Report on sanitation, dispensaries, and jails in Rajputana for 1911, and on vaccination for the year 1911-1912 - 1911-1912
Year: 1911
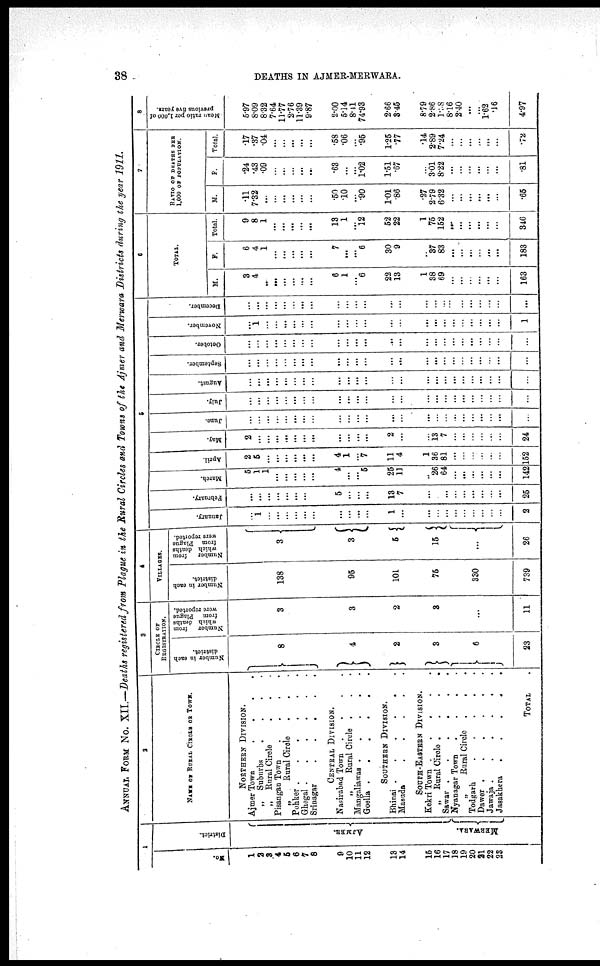
38
DEATHS IN AJMER-MERWARA.
ANNUAL FROM No. XII.—Deaths registered from Plague in the Rural Circles and Towns of the Ajmer and Merwara Districts during the year 1911.
1
No.
1
2
3
4
5
6
7
8
9
10
11
12
13
14
15
16
17
18
19
20
21
22
23
District..
AJMER.
MERWARA.
2
NAME OF RURAL CIRCLE OF TOWNS
NORTHERN DIVISION.
Ajmer Town
.
.
.
.
„
Suburbs . . . .
„
Rural Circle . . .
Pisangan Town
.
.
.
.
„
Rural Circle . . .
Pohker .
.
.
.
.
.
Ghegal .
.
.
.
.
.
Srinagar
.
.
.
.
.
CENTRAL DIVISION.
Nasirabad Town
.
.
.
.
„
Rural Circle . . .
Mangaliawas .
.
.
. .
Goella .
.
.
.
.
.
SOUTHERN DIVISION.
Bhinai .
.
.
.
.
.
Masuda
.
.
.
.
.
SOUTH-EASTERN DIVISION.
Kekri Town .
.
.
.
.
„ Rural Circle .
.
.
.
Sawar .
.
.
.
.
.
Nyanagar Town
.
.
.
.
„
Rural Circle
.
. .
Todgarh
.
.
.
.
.
Dawer .
.
.
.
.
.
Jawaja .
.
.
.
.
.
Jasakhera
.
.
.
.
.
TOTAL .
3
CIRCLE OF
REGISTRATION.
Number in each
district.
8
4
2
3
6
23
Number
from
which deaths
from Plague
were reported.
3
3
2
3
...
11
4
VILLAGES.
Number in each
district.
138
95
101
75
330
739
Number
from
which deaths
from Plague
were reported.
3
3
5
15
...
26
5
January.
...
1
...
...
...
...
...
...
...
...
...
...
1
...
...
...
...
...
...
...
...
...
...
2
February.
...
...
...
...
...
...
...
...
5
...
...
...
13
7
...
...
...
...
...
...
...
...
...
25
March.
5
1
1
...
...
...
...
...
4
...
...
5
25
11
...
26
64
...
...
...
...
...
...
142
April.
2
5
...
...
...
...
...
...
4
1
...
7
11
4
1
36
81
...
...
...
...
...
...
152
May.
2
...
...
...
...
...
...
...
...
...
...
...
2
...
...
13
7
...
...
...
...
...
...
24
June.
...
...
...
...
...
...
...
...
...
...
...
...
...
...
...
...
...
...
...
...
...
...
...
...
July.
...
...
...
...
...
...
...
...
...
...
...
...
...
...
...
...
...
...
...
...
...
...
...
...
August.
...
...
...
...
...
...
...
...
...
...
...
...
...
...
...
...
...
...
...
...
...
...
...
...
September.
...
...
...
...
...
...
...
...
...
...
...
...
...
...
...
...
...
...
...
...
...
...
...
...
October.
...
...
...
...
...
...
...
...
...
...
...
...
...
...
...
...
...
...
...
...
...
...
...
...
November.
...
1
...
...
...
...
...
...
...
...
...
...
...
...
...
...
...
...
...
...
...
...
...
1
December.
...
...
...
...
...
...
...
...
...
...
...
...
...
...
...
...
...
...
...
...
...
...
...
...
6
TOTAL.
M.
3
4
..
...
...
...
...
...
6
1
...
6
22
13
1
38
69
...
...
...
...
...
...
163
F.
6
4
1
...
...
...
...
...
7
...
...
6
30
9
..
37
83
...
...
...
...
...
...
183
Total.
9
8
1
...
...
...
...
...
13
1
...
12
52
22
1
75
152
...
...
...
...
...
...
346
7
RATIO OF DEATHS PER
1,000 OF POPULATION.
M.
.11
7.32
...
...
...
...
...
...
.50
.10
...
.90
1.01
.86
.27
2.79
6.32
...
...
...
...
...
...
.65
F.
.24
.43
.09
...
...
...
...
...
.63
...
...
1.02
1.51
.67
...
3.01
8.22
...
...
...
...
...
...
.81
Total.
.17
.37
.04
...
...
...
...
...
.58
.06
...
.95
1.25
.77
.14
2.89
7.24
...
...
...
...
...
...
.72
8
Mean ratio per 1,000 of
previous five years.
5.97
8.09
8.32
7.64
11.77
2.76
11.39
9.87
2.00
5.14
8.41
74.93
2.66
3.45
8.79
2.86
1.38
8.16
2.40
...
...
1.62
.16
4.97